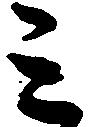
ミ